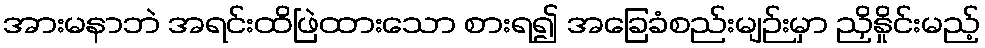
အားမနာဘဲ အရင်းထိဖြဲထားသော စားရ၍ အခြေခံစည်းမျဉ်းမှာ ညှိနှိုင်းမည့်